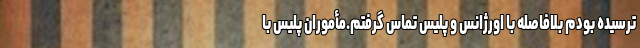
ترسیده بودم بلافاصله با اورژانس و پلیس تماس گرفتم.مأموران پلیس با